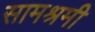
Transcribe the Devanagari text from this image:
सामश्रमी